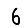
Digit: 6